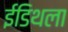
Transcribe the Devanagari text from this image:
ईडिथला